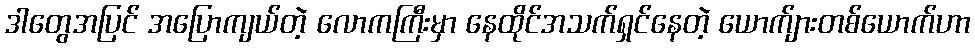
ဒါတွေအပြင် အပြောကျယ်တဲ့ လောကကြီးမှာ နေထိုင်အသက်ရှင်နေတဲ့ ယောက်ျားတစ်ယောက်ဟာ